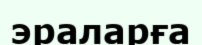
эраларға